Report of the Indian Hemp Drugs Commission, 1894-1895 - Volume V
Year: 1894
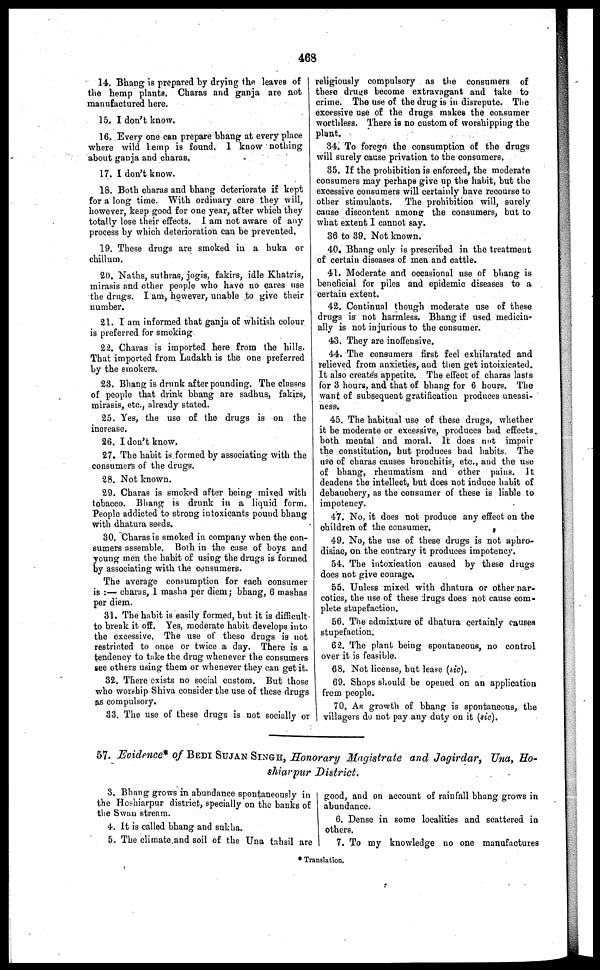
468
14. Bhang is prepared by drying the leaves of
the hemp plants. Charas and ganja are not
manufactured here.
15. I don't know.
16. Every one can prepare bhang at every place
where wild lemp is found. I know nothing
about ganja and charas.
17. I don't know.
18. Both charas and bhang deteriorate if kept
for a long time. With ordinary cave they will,
however, keep good for one year, after which they
totally lose their effects. I am not aware of any
process by which deterioration can be prevented.
19. These drugs are smoked in a huka or
chillum.
20. Naths, suthras, jogis, fakirs, idle Khatris,
mirasis and other people who have no cares use
the drugs. I am, however, unable to give their
number.
21. I am informed that ganja of whitish colour
is preferred for smoking
22. Charas is imported here from the hills.
That imported from Ladakh is the one preferred
by the smokers.
23. Bhang is drunk after pounding. The classes
of people that drink bhang are sadhus, fakirs,
mirasis, etc., already stated.
25. Yes, the use of the drugs is on the
increase.
26. I don't know.
27. The habit is formed by associating with the
consumers of the drugs.
28. Not known.
29. Charas is smoked after being mixed with
tobacco. Bhang is drunk in a liquid form.
People addicted to strong intoxicants pound bhang
with dhatura seeds.
30. Charas is smoked in company when the con-
sumers assemble. Both in the case of boys and
young men the habit of using the drugs is formed
by associating with the consumers.
The average consumption for each consumer
is :— charas, 1 masha per diem; bhang, 6 mashas
per diem.
31. The habit is easily formed, but it is difficult
to break it off. Yes, moderate habit develops into
the excessive. The use of these drugs is not
restricted to once or twice a day. There is a
tendency to take the drug whenever the consumers
see others using them or whenever they can get it.
32. There exists no social custom. But those
who worship Shiva consider the use of these drugs
as compulsory.
33. The use of these drugs is not socially or
religiously compulsory as the consumers of
these drugs become extravagant and take to
crime. The use of the drug is in disrepute. The
excessive use of the drugs makes the consumer
worthless. There is no custom of worshipping the
plant.
34. To forego the consumption of the drugs
will surely cause privation to the consumers,
35. If the prohibition is enforced, the moderate
consumers may perhaps give up the habit, but the
excessive consumers will certainly have recourse to
other stimulants. The prohibition will, surely
cause discontent among the consumers, but to
what extent I cannot say.
36 to 39. Not known.
40. Bhang only is prescribed in the treatment
of certain diseases of men and cattle.
41. Moderate and occasional use of bhang is
beneficial for piles and epidemic diseases to a
certain extent.
42. Continual though moderate use of these
drugs is not harmless. Bhang if used medicin-
ally is not injurious to the consumer.
43. They are inoffensive.
44. The consumers first feel exhilarated and
relieved from anxieties, and then get intoixicated.
It also creates appetite. The effect of charas lasts
for 3 hours, and that of bhang for 6 hours. The
want of subsequent gratification produces uneasi-
ness.
45. The habitual use of these drugs, whether
it be moderate or excessive, produces bad effects
both mental and moral. It does not impair
the constitution, but produces bad habits. The
use of charas causes bronchitis, etc., and the use
of bhang, rheumatism and other pains. It
deadens the intellect, but does not induce habit of
debauchery, as the consumer of these is liable to
impotency.
47. No, it does not produce any effect on the
children of the consumer.
49. No, the use of these drugs is not aphro-
disiac, on the contrary it produces impotency.
54. The intoxication caused by these drugs
does not give courage.
55. Unless mixed with dhatura or other nar-
cotics, the use of these drugs does not cause com-
plete stupefaction.
56. The admixture of dhatura certainly causes
stupefaction.
62. The plant being spontaneous, no control
over it is feasible.
68. Not license, but lease (sic).
69. Shops should be opened on an application
from people.
70. As growth of bhang is spontaneous, the
villagers do not pay any duty on it (sic).
57. Evidence* of BEDI SUJAN SINGH, Honorary Magistrate and Jagirdar, Una, Ho-
shirpur
District.
3. Bhang grows in abundance spontaneously in
the Hoshiarpur district, specially on the banks of
the Swan stream.
4. It is called bhang and sukha.
5. The climate and soil of the Una tahsil are
good, and on account of rainfall bhang grows in
abundance.
6. Dense in some localities and scattered in
others.
7. To my knowledge no one manufactures
* Translation.